Annual administration and progress report of the Indian Medical Department, Bombay
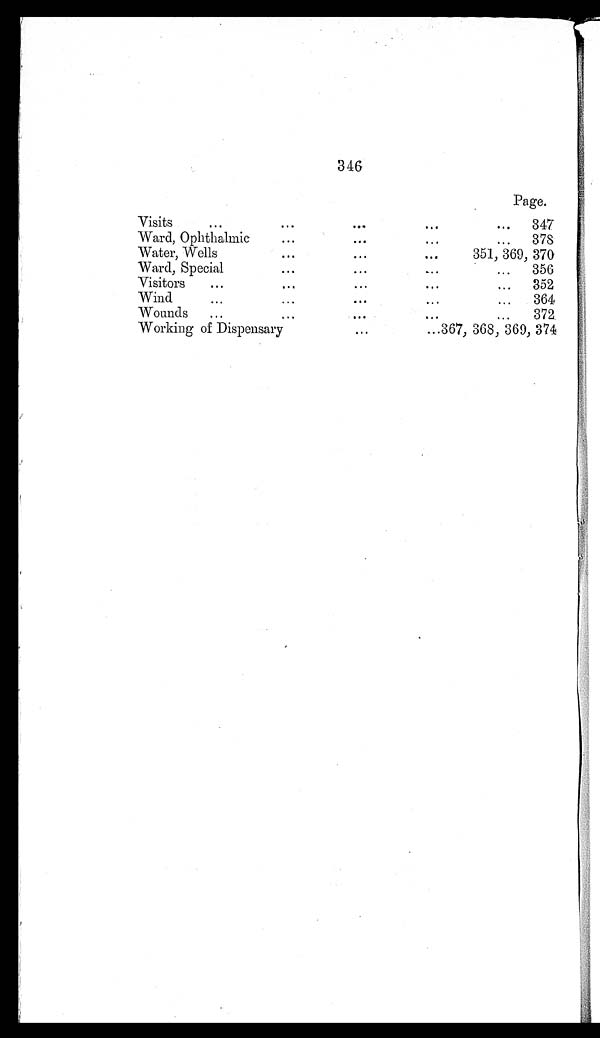
346
Page.
Visits
.
.
.
347
378
Ward, Ophthalmic . . .
351, 369, 370
Water, Wells . . .
356
Ward, Special . . .
352
Visitors
.
.
.
Wind
.
.
.
364
372
Wounds
.
.
.
3 6 7 , 3 6 8 , 3 6 9 , 3 7 4
Working of Dispensary . . .